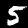
Digit: 5